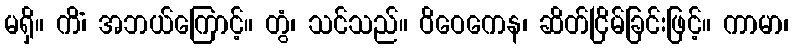
မရှိ။ ကိံ၊ အဘယ်ကြောင့်။ တွံ၊ သင်သည်။ ဝိဝေကေန၊ ဆိတ်ငြိမ်ခြင်းဖြင့်။ ကာမာ၊